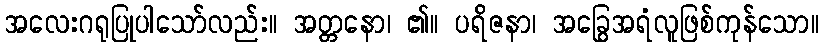
အလေးဂရုပြုပါသော်လည်း။ အတ္တနော၊ ၏။ ပရိဇနာ၊ အခြွေအရံလူဖြစ်ကုန်သော။